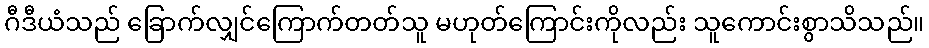
ဂီဒီယံသည် ခြောက်လျှင်ကြောက်တတ်သူ မဟုတ်ကြောင်းကိုလည်း သူကောင်းစွာသိသည်။